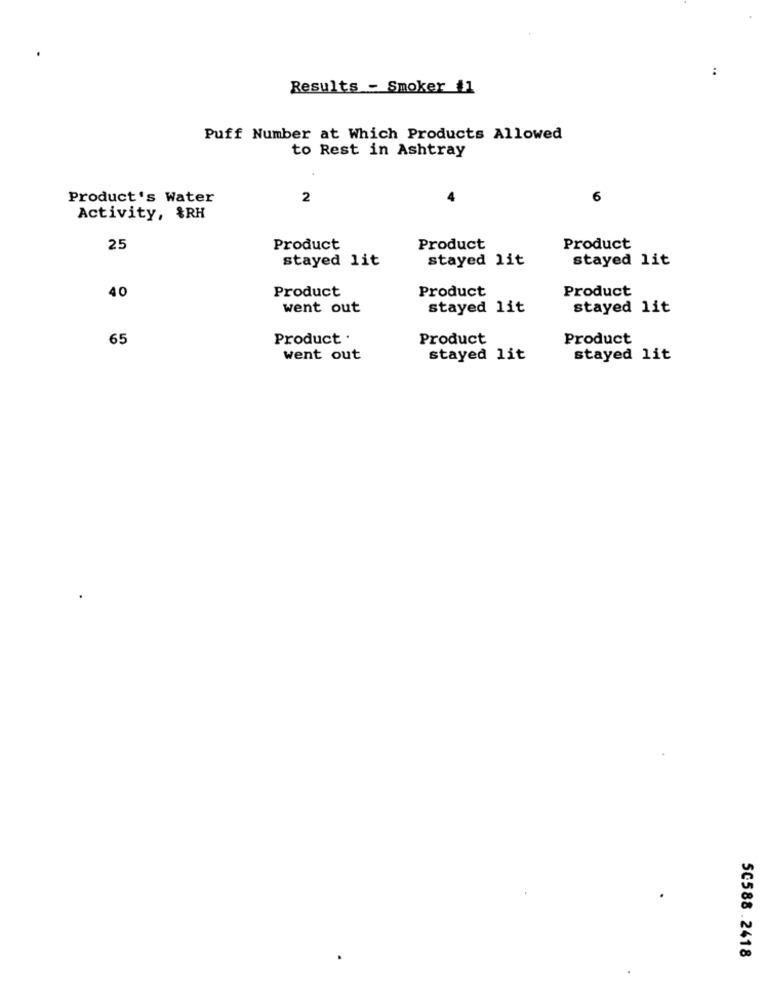
:
Results - Smoker #1
Puff Number at Which Products Allowed
to Rest in Ashtray
Product's Water
2
6
Activity, &RH
25
Product
Product
Product
stayed lit
stayed lit
stayed lit
Product
40
Product
Product
went out
stayed lit
stayed lit
65
Product .
Product
Product
went out
stayed lit
stayed lit
SC588.2418